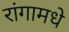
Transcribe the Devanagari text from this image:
रांगामधे